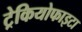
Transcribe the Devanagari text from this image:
ट्रेकियोफाइटा